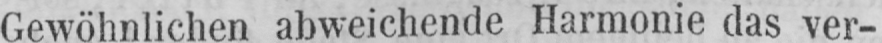
Gewöhnlichen abweichende Harmonie das ver-